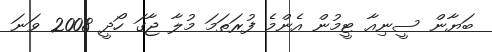
ބަޔާން ސީނިއާ ޓީމުން އެންމެ ފުރަތަމަ މުލާ ޖާގަ ހޯދީ 2008 ވަނަ